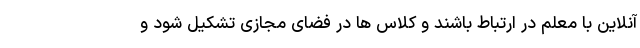
آنلاین با معلم در ارتباط باشند و کلاس ها در فضای مجازی تشکیل شود و